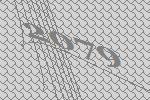
2079